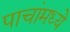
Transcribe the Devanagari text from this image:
पाचांमध्ये